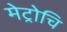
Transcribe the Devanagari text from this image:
मेट्रोचि